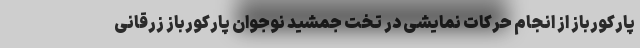
پارکورباز از انجام حرکات نمایشی در تخت‌ جمشید نوجوان پارکورباز زرقانی